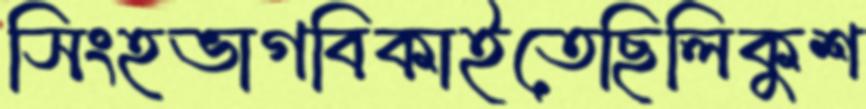
সিংহভাগবিকাইতেছিলিকুশ